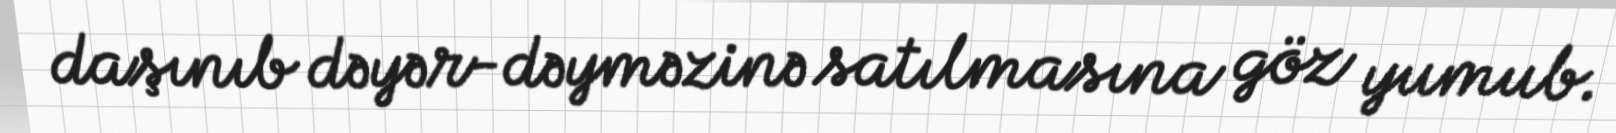
daşınıb dəyər-dəyməzinə satılmasına göz yumub.